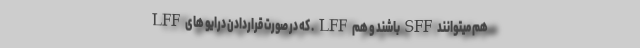
هم میتوانند SFF باشند و هم LFF . که در صورت قراردادن درایو های LFF